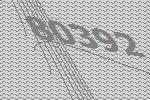
80392